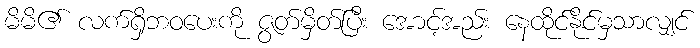
မိမိ၏ လက်ရှိဘဝပေးကို ဇွတ်မှိတ်ပြီး အောင့်အည်း နေထိုင်နိုင်မှသာလျှင်